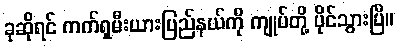
ခုဆိုရင် ကက်ရှမီးယားပြည်နယ်ကို ကျုပ်တို့ ပိုင်သွားပြီ။